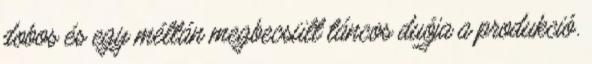
dobos és egy méltán megbecsült táncos duója a produkció.